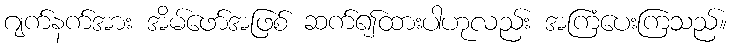
ဂျက်နက်အား အိမ်ဖော်အဖြစ် ဆက်၍ထားပါဟုလည်း အကြံပေးကြသည်။